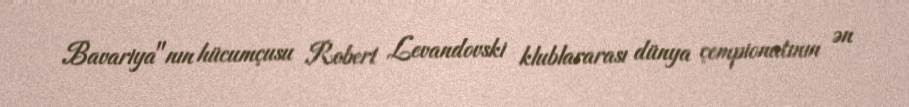
Bavariya"nın hücumçusu Robert Levandovski klublararası dünya çempionatının ən